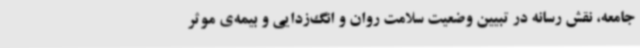
جامعه، نقش رسانه در تبیین وضعیت سلامت روان و انگ‌زدایی و بیمه‌ی موثر